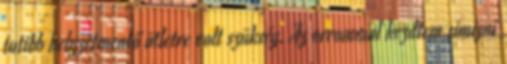
tutibb helyzetmentő ötletre volt szükség. Az orrommal kezdtem simizni